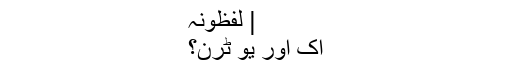
| لفظونہ
اک اور یُو ٹرن؟